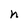
Character: n